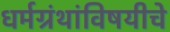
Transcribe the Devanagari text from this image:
धर्मग्रंथांविषयीचे